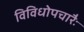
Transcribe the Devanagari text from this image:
विविधोपचारैः